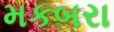
મકબરા